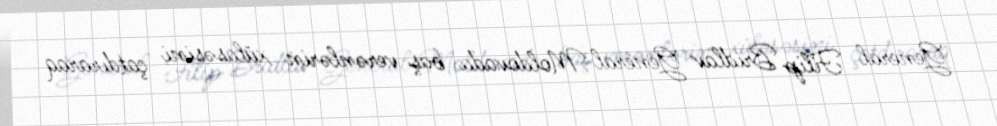
General Filip Bridlav General Moldovada baş verənlərin xülasəsini çatdıraraq